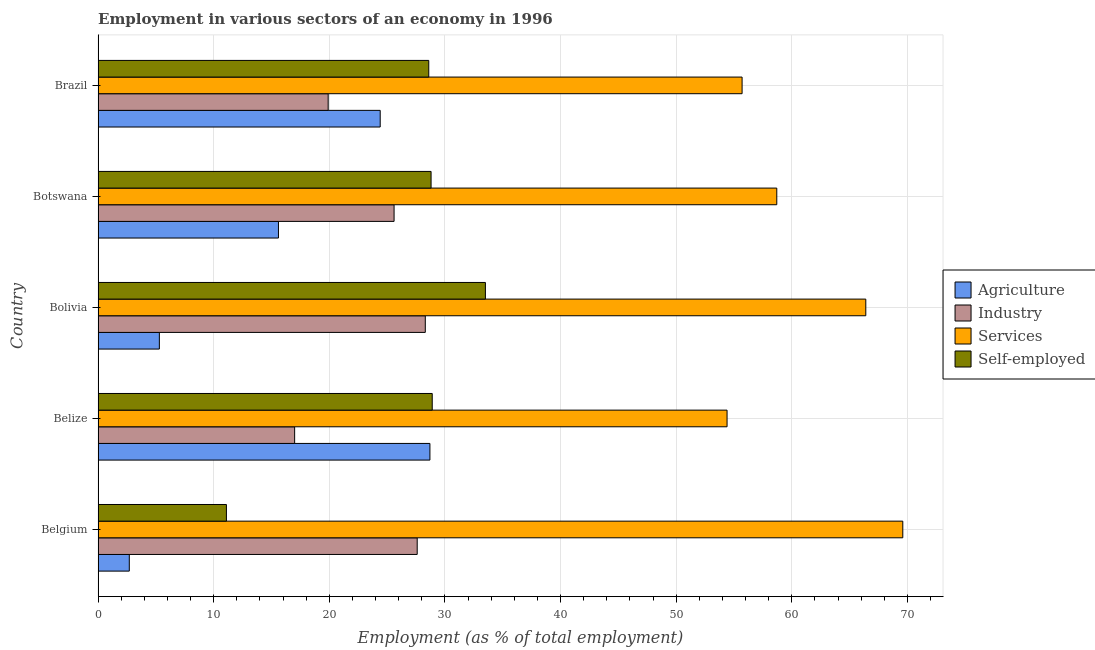
| Country | Agriculture | Industry | Services | Self-employed |
 | --- | --- | --- | --- | --- |
 | Belgium | 2.7 | 27.6 | 69.6 | 11.1 |
 | Belize | 28.7 | 17 | 54.4 | 28.9 |
 | Bolivia | 5.3 | 28.3 | 66.4 | 33.5 |
 | Botswana | 15.6 | 25.6 | 58.7 | 28.8 |
 | Brazil | 24.4 | 19.9 | 55.7 | 28.6 |